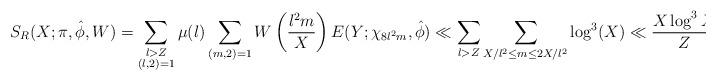
LaTeX: \begin{align*} S_R(X; \pi, \hat{\phi},W) &= \sum_{\substack{l>Z \\ (l, 2)=1}}\mu(l)\sum_{(m,2)=1} W \left( \frac{l^2m}{X} \right) E(Y;\chi_{8l^2m}, \hat{\phi}) \ll \sum_{l>Z}\sum_{X/l^2 \leq m \leq 2X/l^2} \log^{3}(X) \ll \frac {X \log^{3} X}{Z}.\end{align*}